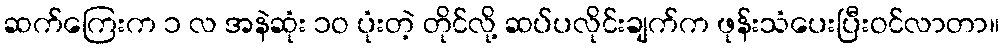
ဆက်ကြေးက ၁ လ အနဲဆုံး ၁ဝ ပုံးတဲ့ တိုင်လို့ ဆပ်ပလိုင်းချက်က ဖုန်းသံပေးပြီးဝင်လာတာ။